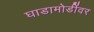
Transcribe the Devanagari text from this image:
घाडामोडींवर